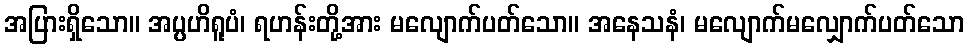
အပြားရှိသော။ အပ္ပဟိရူပံ၊ ရဟန်းတို့အား မလျောက်ပတ်သော။ အနေသနံ၊ မလျောက်မလျှောက်ပတ်သော